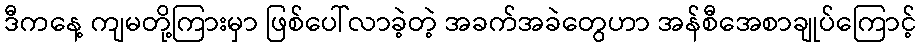
ဒီကနေ့ ကျမတို့ကြားမှာ ဖြစ်ပေါ်လာခဲ့တဲ့ အခက်အခဲတွေဟာ အန်စီအေစာချုပ်ကြောင့်